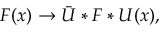
F ( x ) \to \bar { U } * F * U ( x ) ,